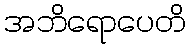
အဘိရောပေတိ